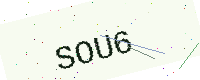
Text: SOU6